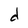
Character: d